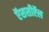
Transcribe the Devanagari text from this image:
ऍससीऍल